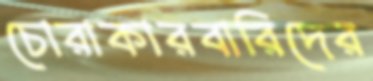
চোরাকারবারিদের